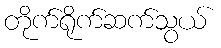
တိုက်ရိုက်ဆက်သွယ်